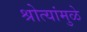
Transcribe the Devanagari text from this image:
श्रोत्यांमुळे